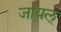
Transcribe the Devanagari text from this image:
जायल्